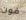
فون